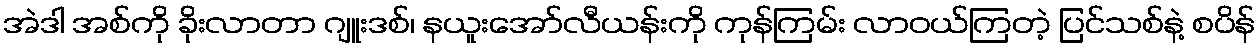
အဲဒါ အစ်ကို ခိုးလာတာ ဂျူးဒစ်၊ နယူးအော်လီယန်းကို ကုန်ကြမ်း လာဝယ်ကြတဲ့ ပြင်သစ်နဲ့ စပိန်